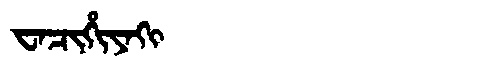
Manchu: ᠸᠠᠴᡳᡥᡳᠶᠠᡴᡳ
Romanization: WACIHIYAKI